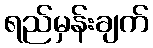
ရည်မှန်းချက်